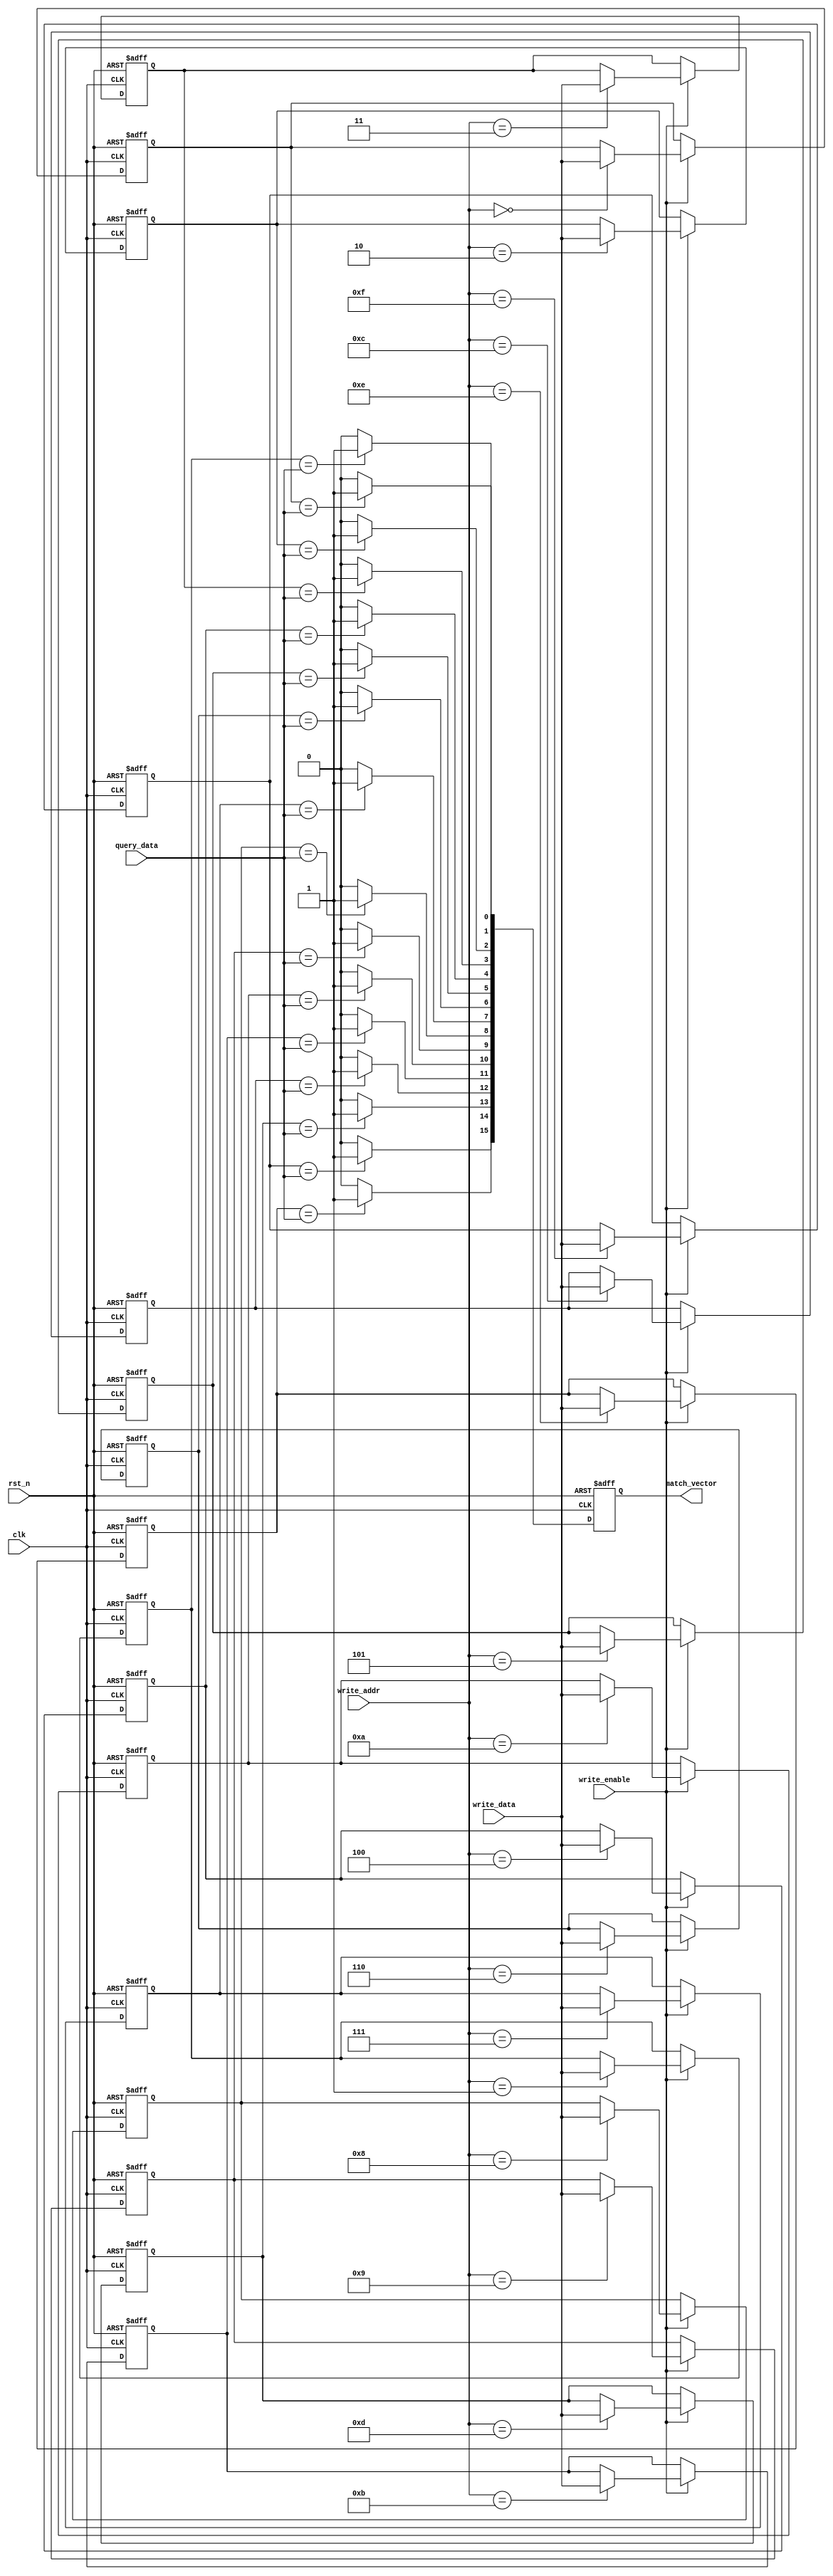
module MultimatchCAM #(
    parameter N = 16,  // Number of entries
    parameter M = 8    // Size of each entry in bits
)(
    input wire clk,                  // Clock signal
    input wire rst_n,                // Active low reset
    input wire [M-1:0] query_data,   // Input data to query
    input wire write_enable,          // Control signal to write new entries
    input wire [M-1:0] write_data,    // Data to write into CAM
    input wire [$clog2(N)-1:0] write_addr, // Address to write data
    output reg [N-1:0] match_vector   // Output vector indicating matching entries
);

    // Memory array to hold CAM entries
    reg [M-1:0] cam_array [0:N-1];

    // Match logic
    integer i;
    always @(posedge clk or negedge rst_n) begin
        if (!rst_n) begin
            // Reset match vector and CAM entries
            match_vector <= 0;
            for (i = 0; i < N; i = i + 1) begin
                cam_array[i] <= 0;
            end
        end else begin
            // Write data into CAM if write_enable is high
            if (write_enable) begin
                cam_array[write_addr] <= write_data;
            end
            
            // Clear match vector
            match_vector <= 0;

            // Compare query_data with each entry in the CAM
            for (i = 0; i < N; i = i + 1) begin
                if (cam_array[i] == query_data) begin
                    match_vector[i] <= 1'b1; // Set match bit for this entry
                end else begin
                    match_vector[i] <= 1'b0; // Clear match bit for this entry
                end
            end
        end
    end

endmodule